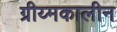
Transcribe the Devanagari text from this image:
ग्रीय्मकालीन